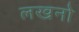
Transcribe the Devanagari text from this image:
लखनो